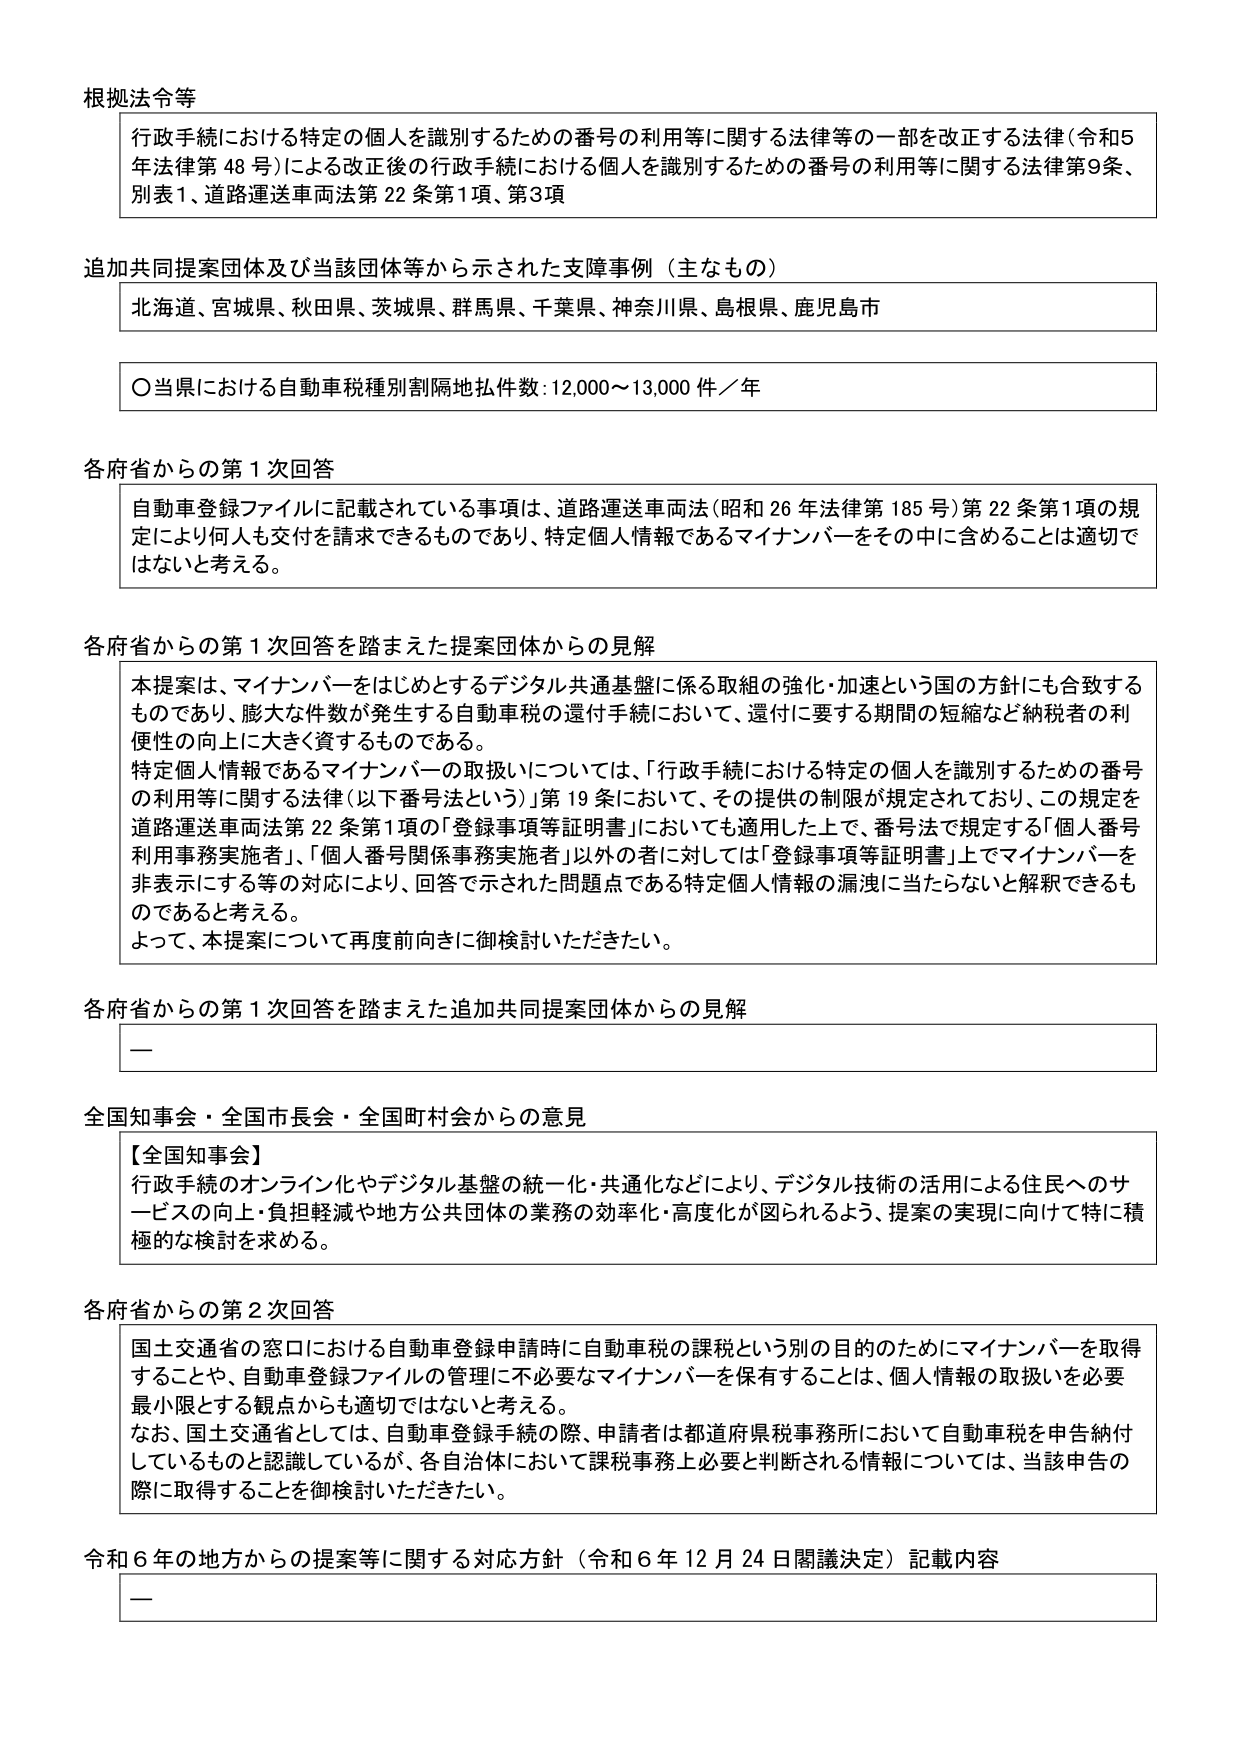
根拠法令等
行政手続における特定の個人を識別するための番号の利用等に関する法律等の一部を改正する法律（令和5年法律第48号）による改正後の行政手続における個人を識別するための番号の利用等に関する法律第9条、別表1、道路運送車両法第22条第1項、第3項

追加共同提案団体及び当該団体等から示された支障事例（主なもの）
北海道、宮城県、秋田県、茨城県、群馬県、千葉県、神奈川県、島根県、鹿児島市

〇当県における自動車税種別割隔地払件数：12,000～13,000件／年

各府省からの第1次回答
自動車登録ファイルに記載されている事項は、道路運送車両法（昭和26年法律第185号）第22条第1項の規定により何人も交付を請求できるものであり、特定個人情報であるマイナンバーをその中に含めることは適切ではないと考える。

各府省からの第1次回答を踏まえた提案団体からの見解
本提案は、マイナンバーをはじめとするデジタル共通基盤に係る取組の強化・加速という国の方針にも合致するものであり、膨大な件数が発生する自動車税の還付手続において、還付に要する期間の短縮など納税者の利便性の向上に大きく資するものである。
特定個人情報であるマイナンバーの取扱いについては、「行政手続における特定の個人を識別するための番号の利用等に関する法律（以下番号法という）」第19条において、その提供の制限が規定されており、この規定を道路運送車両法第22条第1項の「登録事項等証明書」においても適用した上で、番号法で規定する「個人番号利用事務実施者」、「個人番号関係事務実施者」以外の者に対しては「登録事項等証明書」上でマイナンバーを非表示にする等の対応により、回答で示された問題点である特定個人情報の漏洩に当たらないと解釈できるものであると考える。
よって、本提案について再度前向きに御検討いただきたい。

各府省からの第1次回答を踏まえた追加共同提案団体からの見解
—

全国知事会・全国市長会・全国町村会からの意見
【全国知事会】
行政手続のオンライン化やデジタル基盤の統一・共通化などにより、デジタル技術の活用による住民へのサービスの向上・負担軽減や地方公共団体の業務の効率化・高度化が図られるよう、提案の実現に向けて特に積極的な検討を求める。

各府省からの第2次回答
国土交通省の窓口における自動車登録申請時に自動車税の課税という別の目的のためにマイナンバーを取得することや、自動車登録ファイルの管理に不必要なマイナンバーを保有することは、個人情報の取扱いを必要最小限とする観点からも適切ではないと考える。
なお、国土交通省としては、自動車登録手続の際、申請者は都道府県税事務所において自動車税を申告納付しているものと認識しているが、各自治体において課税事務上必要と判断される情報については、当該申告の際に取得することを御検討いただきたい。

令和6年の地方からの提案等に関する対応方針（令和6年12月24日閣議決定）記載内容
—